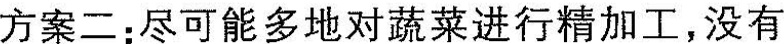
方案二：尽可能多地对蔬菜进行精加工，没有